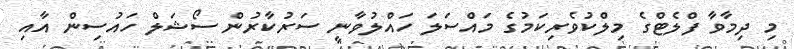
މި ދިމާވާ ފްލެޓްގެ މިލްކުވެރިކަމުގެ މައްސަލަ ހައްލުވާނީ ސަރުކާރުން ސޯޝަލް ހައުސިން އާއި